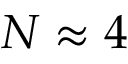
N \approx 4